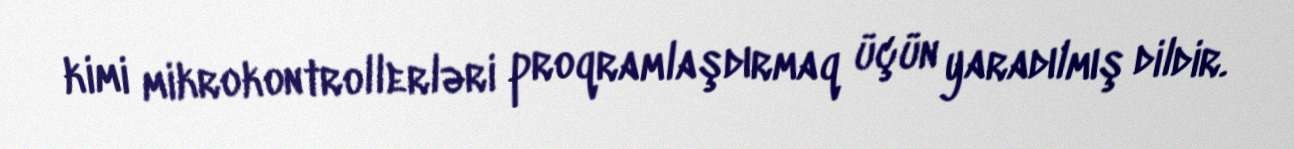
kimi mikrokontrollerləri proqramlaşdırmaq üçün yaradılmış dildir.